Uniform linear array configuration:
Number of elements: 16
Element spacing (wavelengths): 0.75
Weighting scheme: hann
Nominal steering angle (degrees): -15
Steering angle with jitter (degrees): -13.341
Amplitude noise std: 0.05
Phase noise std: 0.05

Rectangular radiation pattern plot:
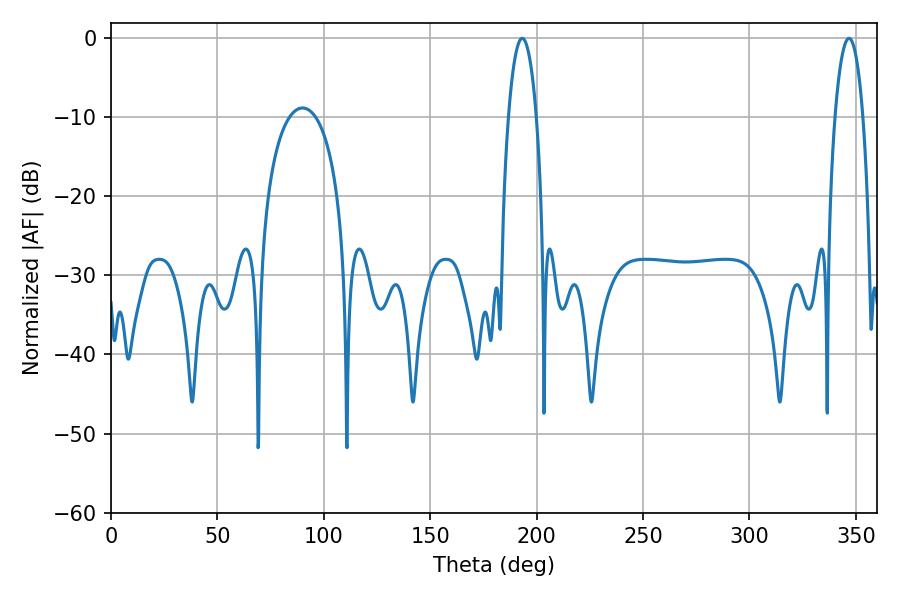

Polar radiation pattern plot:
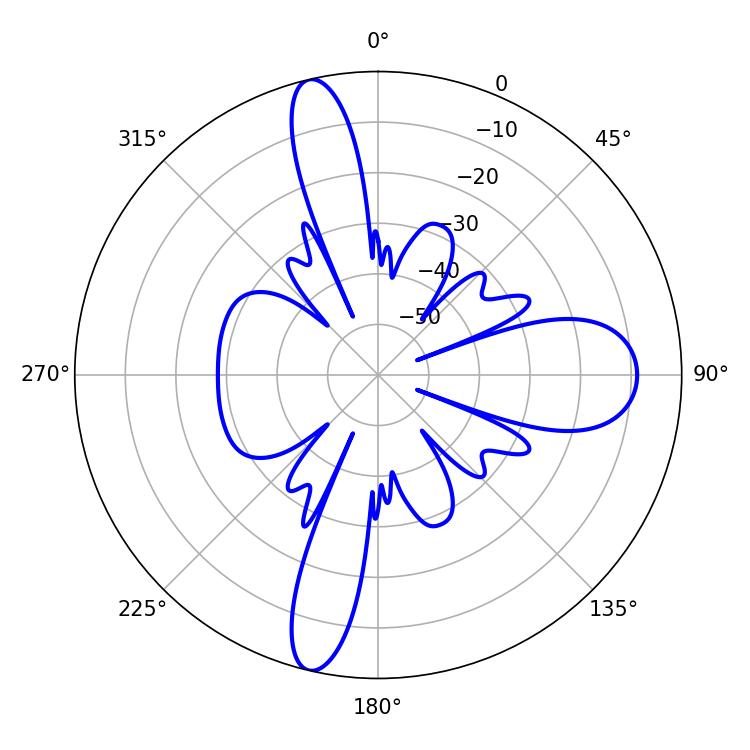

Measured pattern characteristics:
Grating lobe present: TRUE
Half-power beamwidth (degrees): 7.38
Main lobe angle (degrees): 193.14